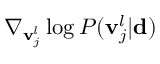
\nabla _ { { \bf v } _ { j } ^ { l } } \log P ( { \bf v } _ { j } ^ { l } | \mathbf { d } )